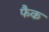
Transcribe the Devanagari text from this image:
फैक